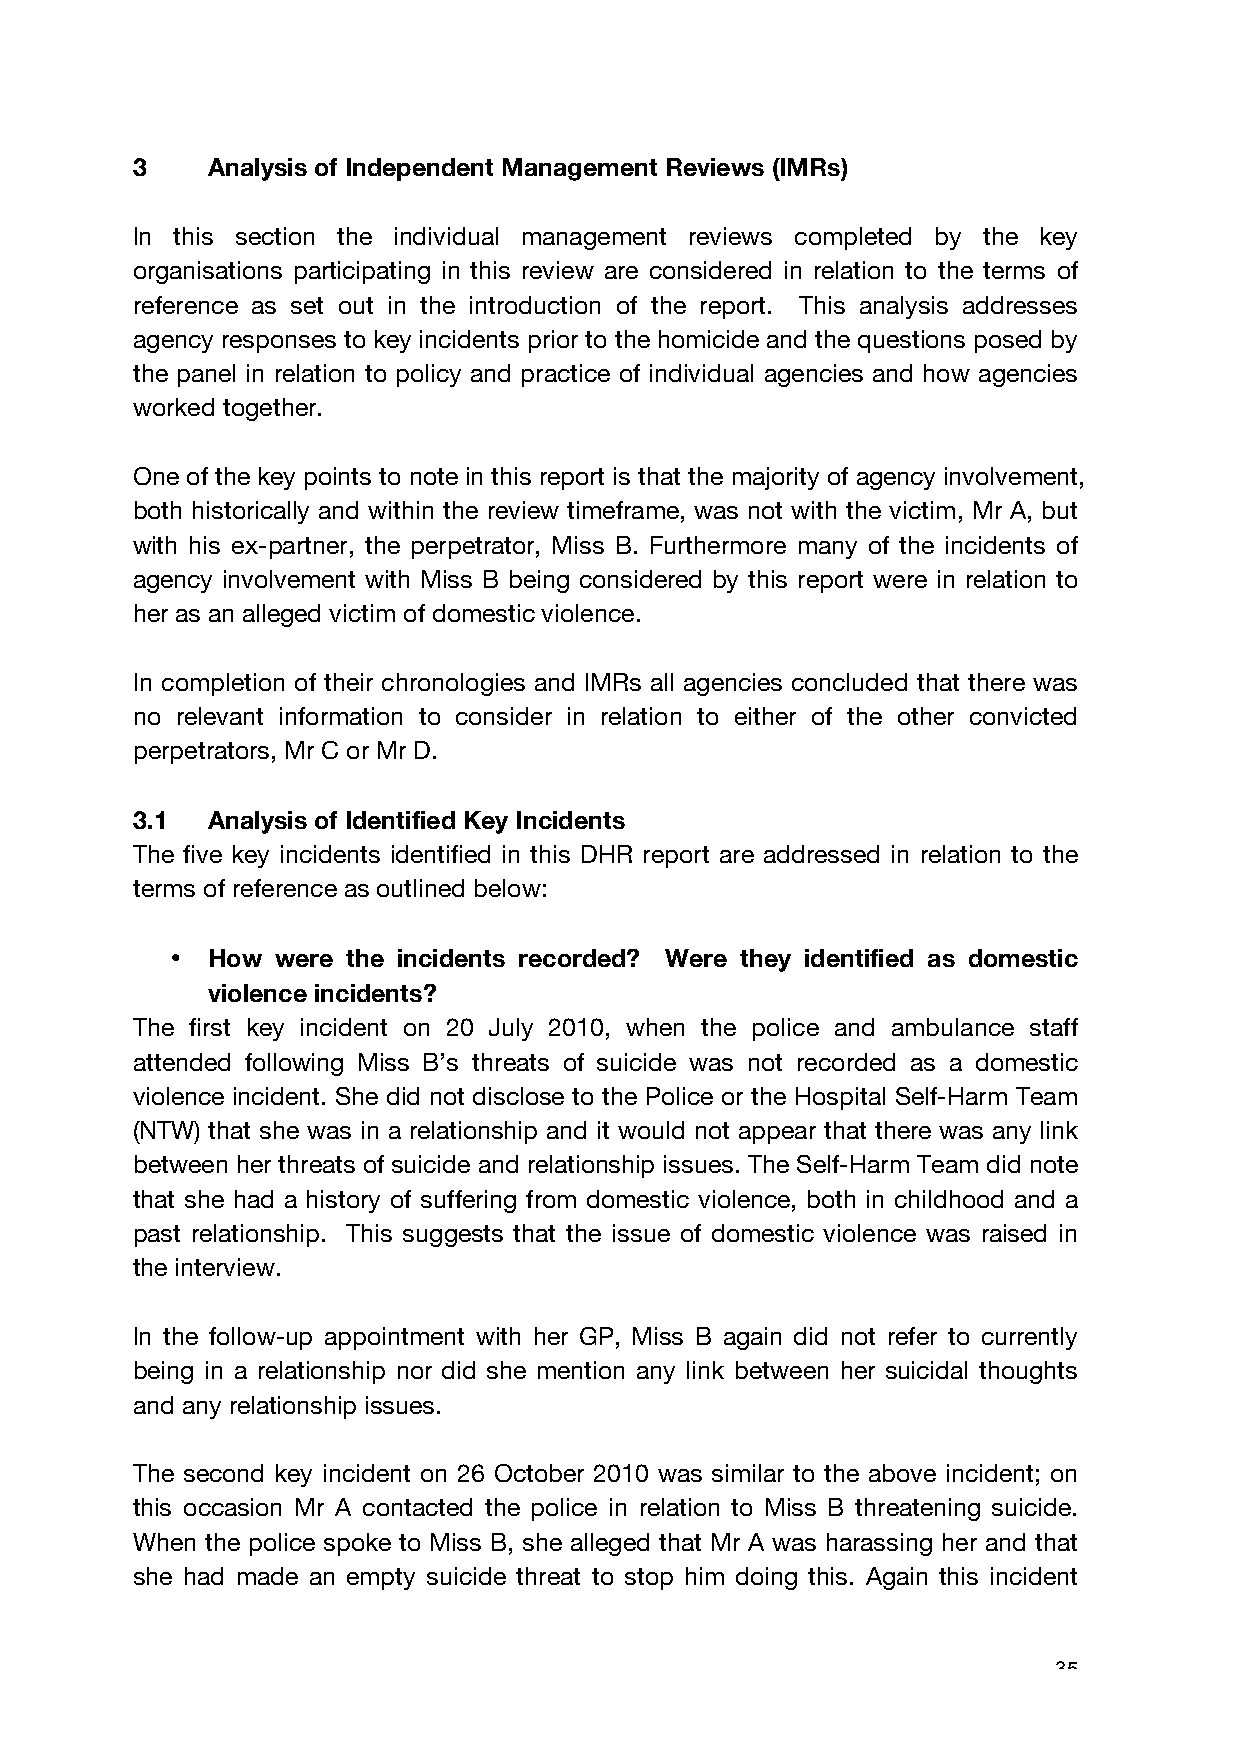
3    Analysis of Independent Management Reviews (IMRs)
 In this section the individual management reviews completed by the key
 organisations participating in this review are considered in relation to the terms of
 reference as set out in the introduction of the report. This analysis addresses
 agency responses to key incidents prior to the homicide and the questions posed by
 the panel in relation to policy and practice of individual agencies and how agencies
 worked together.
 One of the key points to note in this report is that the majority of agency involvement,
 both historically and within the review timeframe, was not with the victim, Mr A, but
 with his ex-partner, the perpetrator, Miss B. Furthermore many of the incidents of
 agency involvement with Miss B being considered by this report were in relation to
 her as an alleged victim of domestic violence.
 In completion of their chronologies and IMRs all agencies concluded that there was
 no relevant information to consider in relation to either of the other convicted
 perpetrators, Mr C or Mr D.
 3.1  Analysis of Identified Key Incidents
 The five key incidents identified in this DHR report are addressed in relation to the
 terms of reference as outlined below:
 •  How were the incidents recorded? Were they identified as domestic
 violence incidents?
 The first key incident on 20 July 2010, when the police and ambulance staff
 attended following Miss B’s threats of suicide was not recorded as a domestic
 violence incident. She did not disclose to the Police or the Hospital Self-Harm Team
 (NTW) that she was in a relationship and it would not appear that there was any link
 between her threats of suicide and relationship issues. The Self-Harm Team did note
 that she had a history of suffering from domestic violence, both in childhood and a
 past relationship. This suggests that the issue of domestic violence was raised in
 the interview.
 In the follow-up appointment with her GP, Miss B again did not refer to currently
 being in a relationship nor did she mention any link between her suicidal thoughts
 and any relationship issues.
 The second key incident on 26 October 2010 was similar to the above incident; on
 this occasion Mr A contacted the police in relation to Miss B threatening suicide.
 When the police spoke to Miss B, she alleged that Mr A was harassing her and that
 she had made an empty suicide threat to stop him doing this. Again this incident
 35